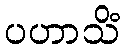
ပဟာသိံ